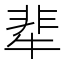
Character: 㹃